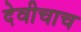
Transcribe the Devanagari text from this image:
देवीचाच